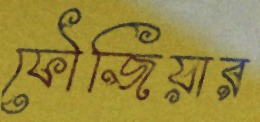
ফৌজিয়ার